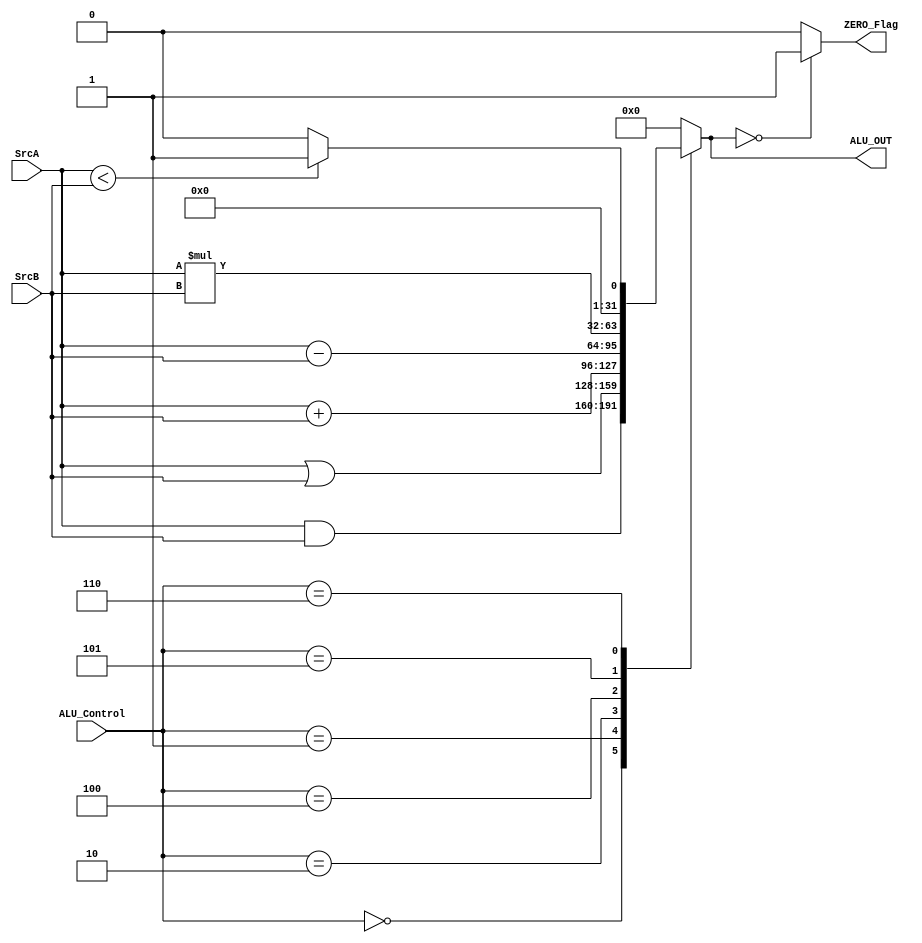
//-----------------------------------------------------------------------

// Module: Arithmetic and Logic unit of the alu


// Description: Arithmetic and Logic Operation


//----------------------------------------------------------------------

module ALU #(
//-----------------------------------------------------------------------
//                    Parameters Decleration   
//-----------------------------------------------------------------------

parameter DATA_WIDTH = 32             , //initialize a parameter variable with value 32 
parameter ALUControl_WIDTH = 3         //initialize a parameter variable with value 3


)
  
  (
//-----------------------------------------------------------------------
//                        Port Decleration   
//-----------------------------------------------------------------------
input  wire [DATA_WIDTH-1:0]         SrcA,
input  wire [DATA_WIDTH-1:0]         SrcB,
input  wire [ALUControl_WIDTH-1:0]   ALU_Control,
output reg  [DATA_WIDTH-1:0]         ALU_OUT,
output reg                           ZERO_Flag
  );
  
  
//-----------------------------------------------------------------------
//                    Always Combinational Block   
//-----------------------------------------------------------------------

always@(*)
begin
  
case(ALU_Control)
  
  3'b000: ALU_OUT = SrcA & SrcB; // and function 
  
  3'b001: ALU_OUT = SrcA | SrcB; // or function
  
  3'b010: ALU_OUT = SrcA + SrcB; // addition function
  
  3'b100: ALU_OUT = SrcA - SrcB; // subtraction function
  
  3'b101: ALU_OUT = SrcA * SrcB; // multiplication function
  
  3'b110: ALU_OUT = (SrcA < SrcB) ? 'b1 :'b0; // STL
  
  default: ALU_OUT = 'b0; // not used
  
  
endcase

if(ALU_OUT == 'b0)
  ZERO_Flag = 1'b1;
else 
  ZERO_Flag = 1'b0;
  
end





endmodule